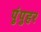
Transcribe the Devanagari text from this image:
पुंपुहर